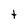
Character: t